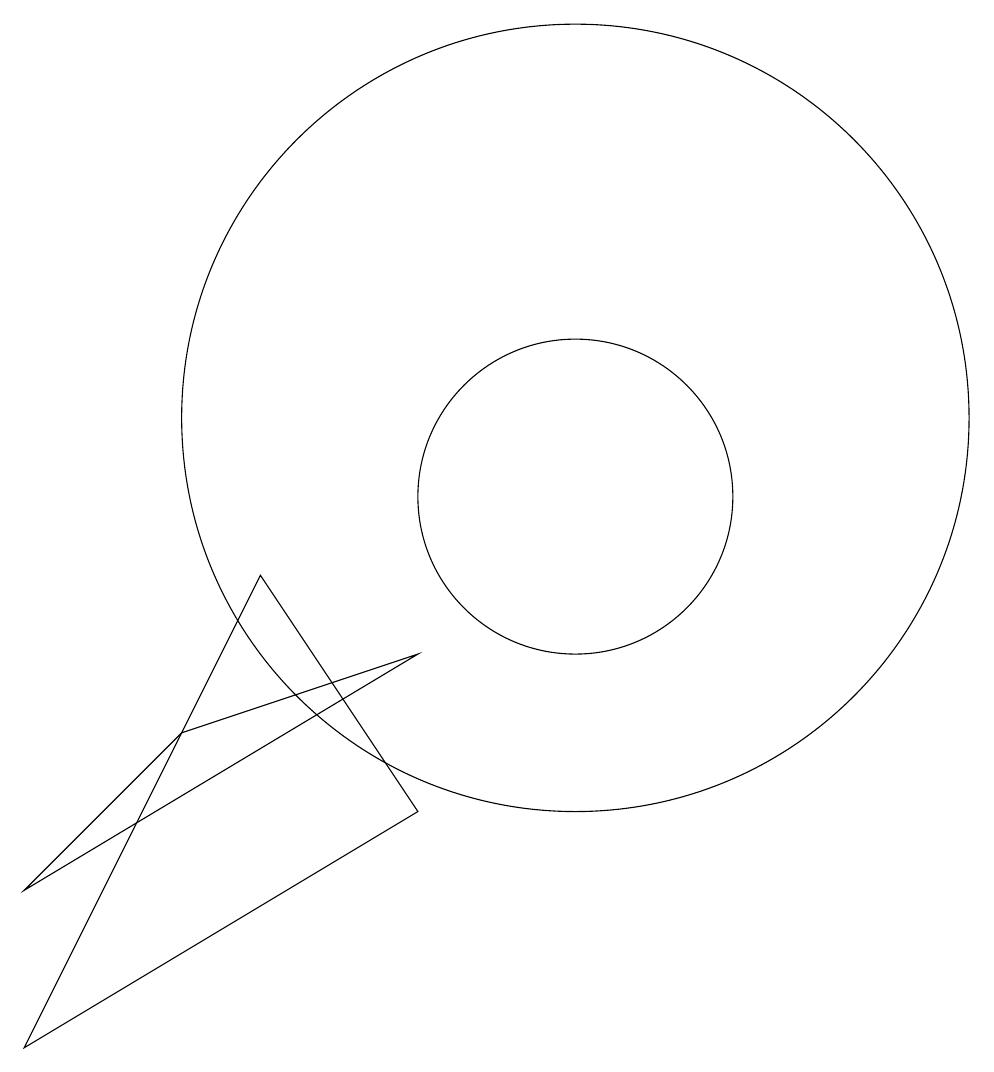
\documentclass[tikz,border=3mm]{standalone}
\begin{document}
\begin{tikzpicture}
\draw (10,12) circle (0);
\draw (3,5) -- (8,8) -- (5,7) -- cycle;
\draw (10,11) circle (5);
\draw (10,10) circle (2);
\draw (3,3) -- (8,6) -- (6,9) -- cycle;
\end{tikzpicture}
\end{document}